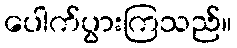
ပေါက်ပွားကြသည်။